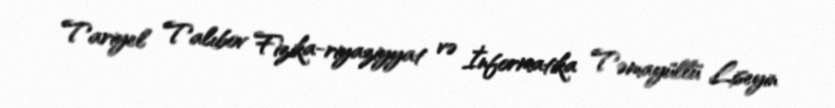
Tariyel Talıbov Fizika-riyaziyyat və İnformatika Təmayüllü Liseyin